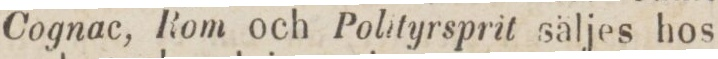
Cognac, Rom och Polityrsprit säljes hos